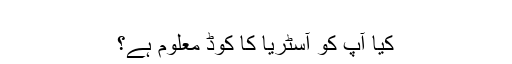
‬
‫کیا آپ کو آسٹریا کا کوڈ معلوم ہے؟